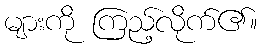
များကို ကြည့်လိုက်၏။